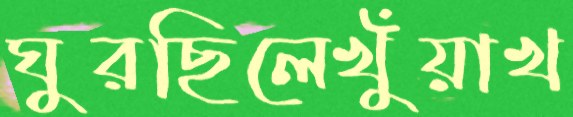
ঘুরছিলেখুঁয়াখ